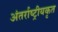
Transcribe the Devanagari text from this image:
अंतर्राष्ट्रीयकृत